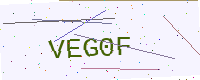
Text: VEG0F